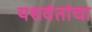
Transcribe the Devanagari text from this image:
यशवंतांचा